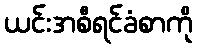
ယင်းအစီရင်ခံစာကို